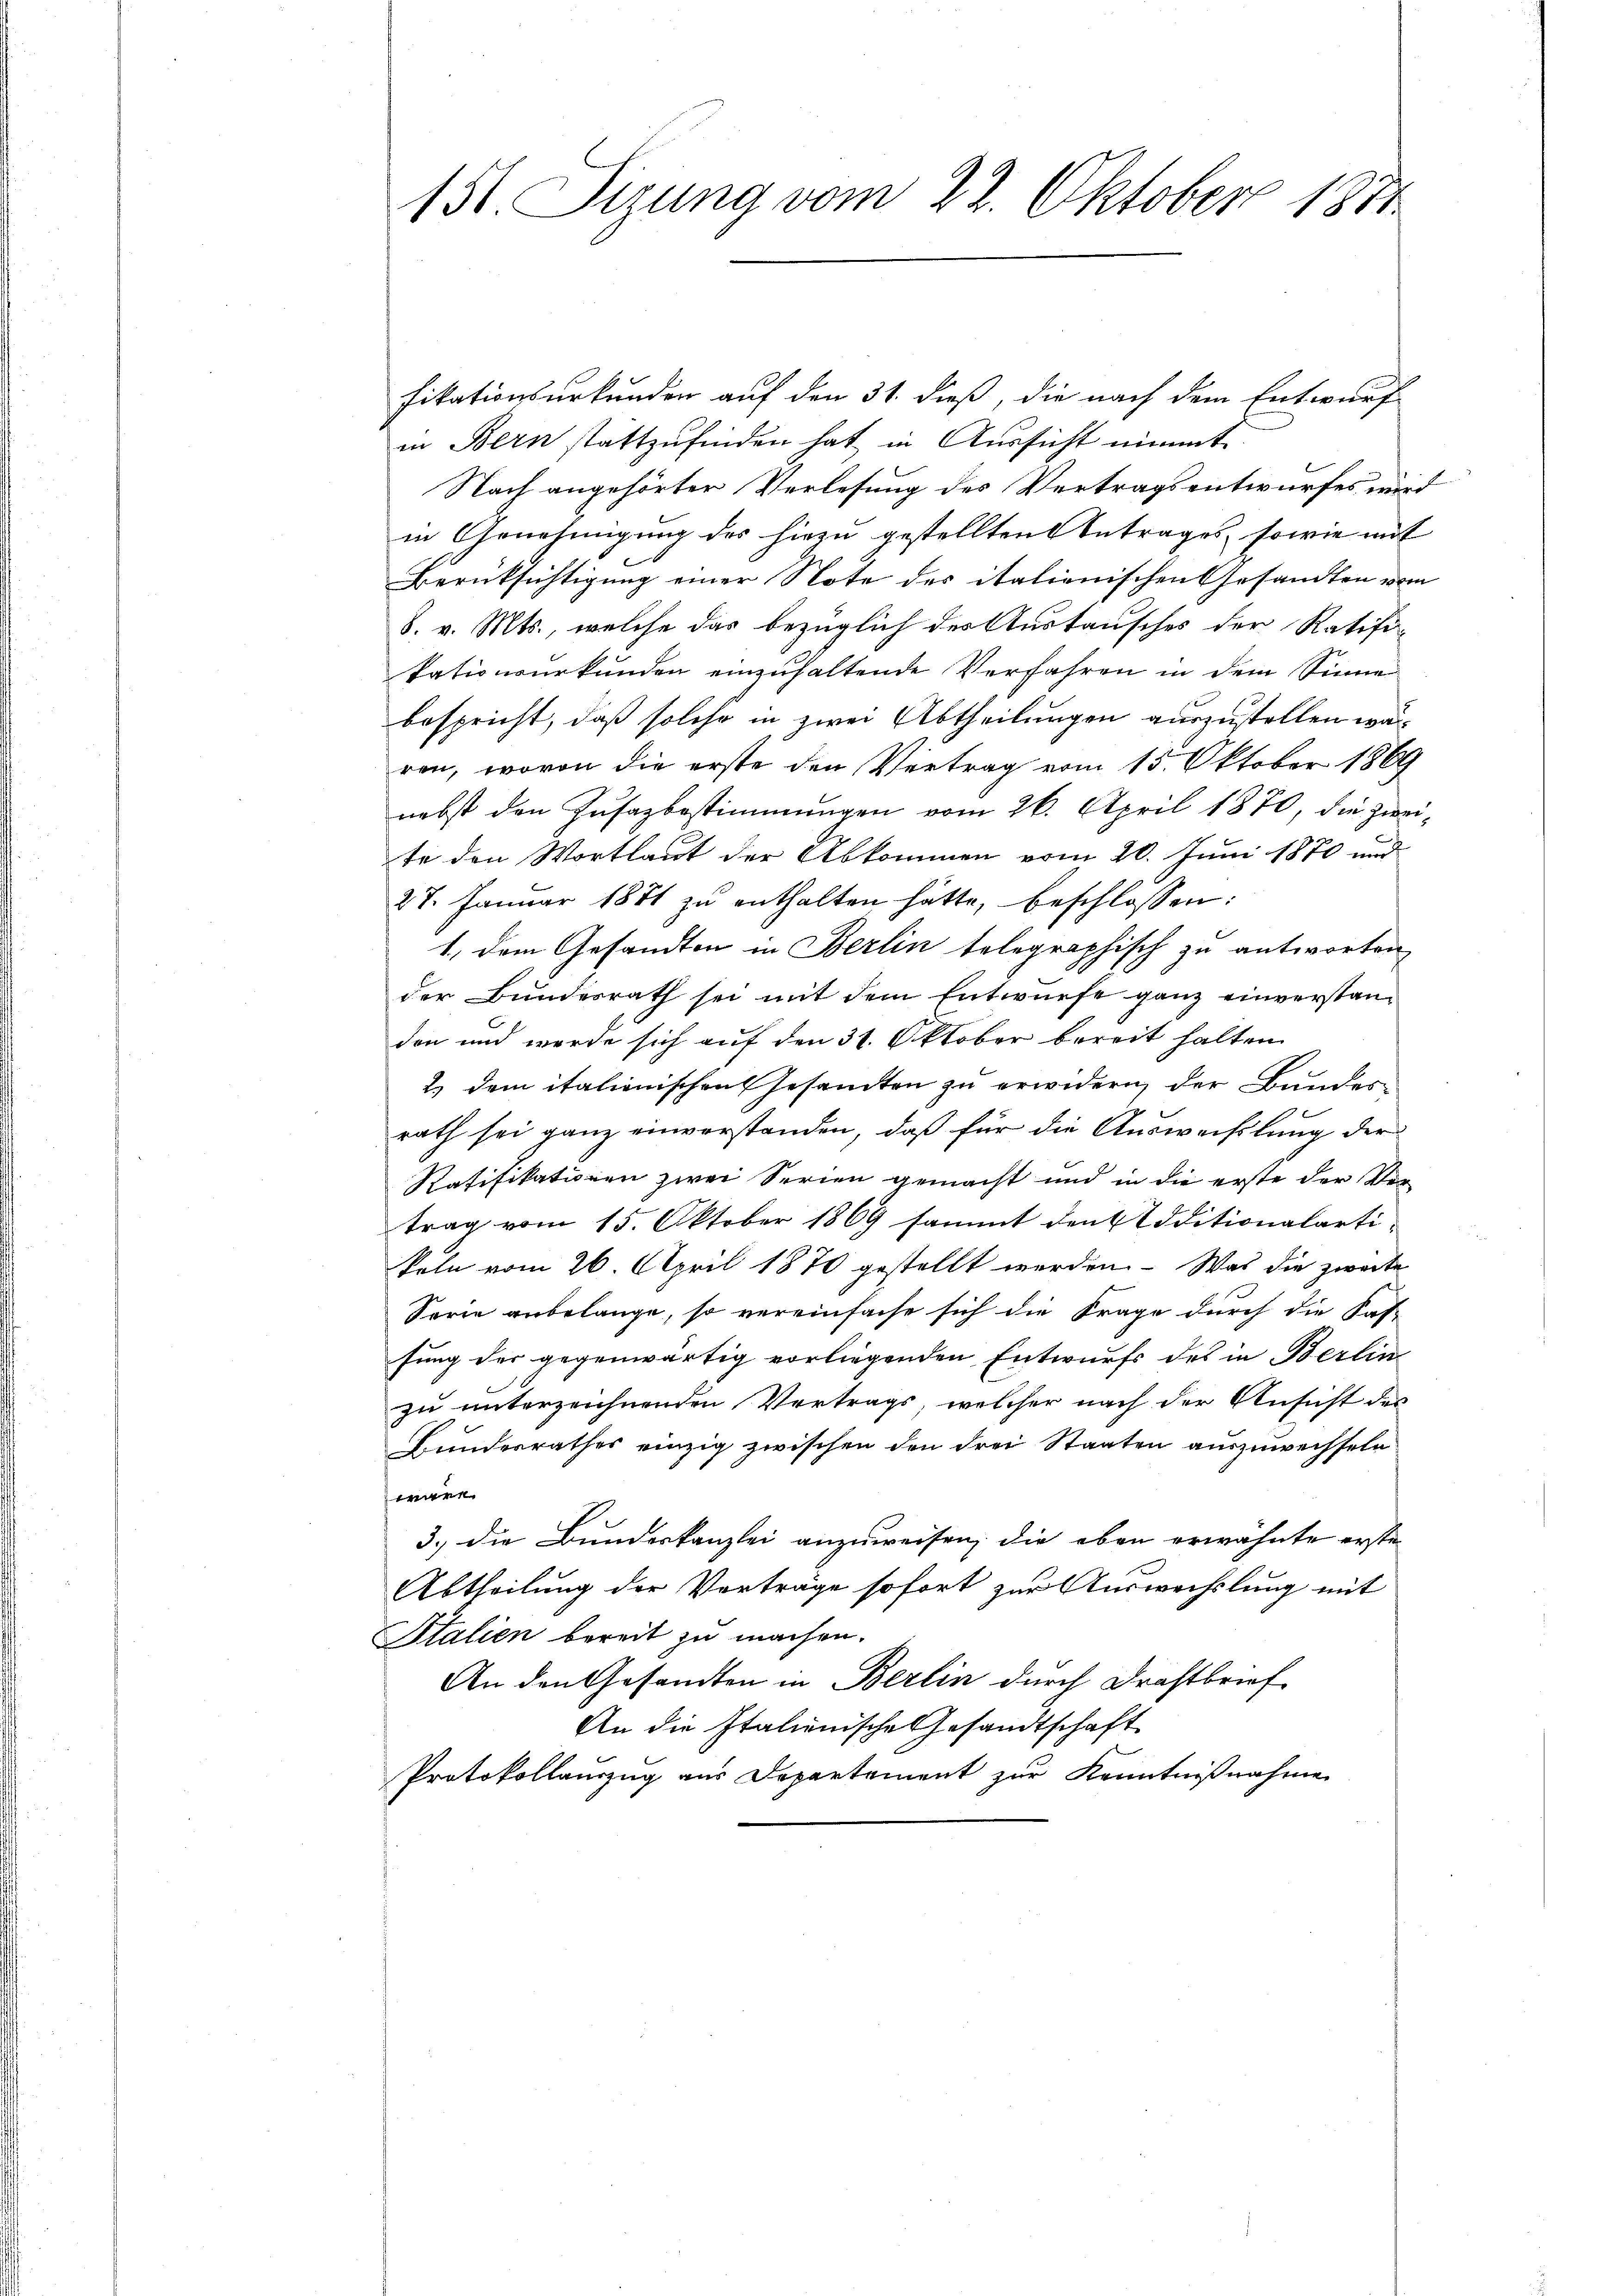
151. Sizung vom 22. Oktober 1871

fikationsurkunden auf den 31. dieß, die nach dem Entwurf
in Bern stattzufinden hat in Aussicht nimmt.
Nach angehörter Verlesung des Vertragsentwurfes wird
in Genehmigung des hiezu gestellten Betrages, sowie mit
Berüksichtigung einer Note des italienischen Gesandten vom
8. v. Mts., welche das bezüglich des Austausches der Ratifi-
kationsurkunden einzuhaltende Verfahren in dem Sinne
bespricht, daß solche in zwei Abtheilungen auszustellen wärren, wovon die erste den Vertrag vom 15. Oktober 1869
nebst den Zusazbestimmungen vom 26. April 1870, die Zweite den Wortlaut der Abkommen vom 20. Juni 1870 und
27. Januar 1874 zŭ enthalten hätte, beschlossen:
1.) Dem Gesandten in Berlin telegraphisch zu antworten
der Bundesrath sei mit dem Entwurfe ganz einverstandon und werde sich auf den 31. Oktober bereit halten
2.) dem italienischen Gesandten zu erwidern, der Bundesrath sei ganz einverstanden, daß für die Ausweißlung der
Ratifikationen zwei Serien gemacht und in die erste der Ver-
trag vom 15. Oktober 1869 sammt den Additionalartikeln vom 26. April 1870 gestellt werden. Was die zweite
Sorie anbelange, so vereinfache sich die Frage durch die Saf-
sung der gegenwärtig vorliegenden Entwurfs des in Berlin
zu unterzeichnenden Vertrags, welcher nach der Ansicht des
Bundesrathes einzig zwischen den drei Staaten auszuwechseln
wäre.
3.) die Bundeskanzlei anzuweisen, die eben erwähnte erste
Abtheilung der Vorträge sofort zur Auswechslung mit
Italien bereit zu machen.
An den Gesandten in Berlin durch drastbrief
An die Italienische Gesandtschaft
Protokollauszug aus Departement zur Kenntnißnahme